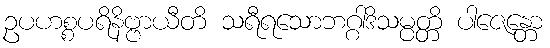
ဥပဟစ္စပရိနိဗ္ဗာယီတိ သရီရသောဘဂ္ဂါဒိသမ္ပတ္တိ ပါဇေန္တော